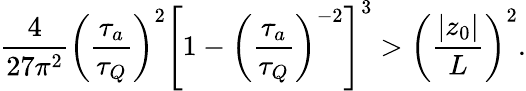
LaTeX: \frac{4}{27\pi^{2}}\left(\frac{\tau_{a}}{\tau_{Q}}\right)^{2}\left[1-\left(\frac{\tau_{a}}{\tau_{Q}}\right)^{-2}\right]^{3}>\left(\frac{|z_{0}|}{L}\right)^{2}.